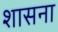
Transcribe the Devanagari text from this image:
शासना